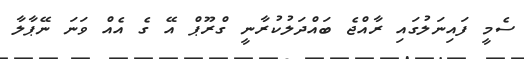
ސެމީ ފައިނަލުގައި ރާއްޖެ ބައްދަލުކުރާނީ ގްރޫޕް އޭ ގެ އެއް ވަނަ ނޭޕާލާ